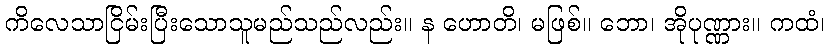
ကိလေသာငြိမ်းပြီးသောသူမည်သည်လည်း။ န ဟောတိ၊ မဖြစ်။ ဘော၊ အိုပုဏ္ဏား။ ကထံ၊